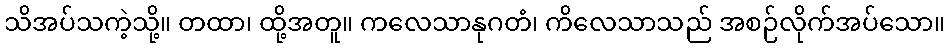
သိအပ်သကဲ့သို့။ တထာ၊ ထို့အတူ။ ကလေသာနုဂတံ၊ ကိလေသာသည် အစဉ်လိုက်အပ်သော။